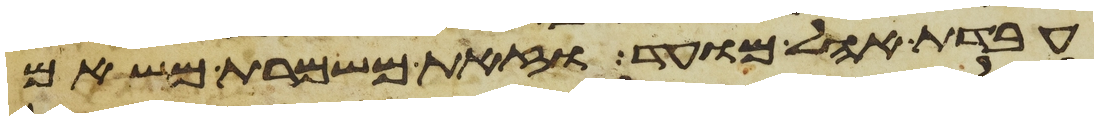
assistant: עבדת אהל מועד וזאת משמרת משאם